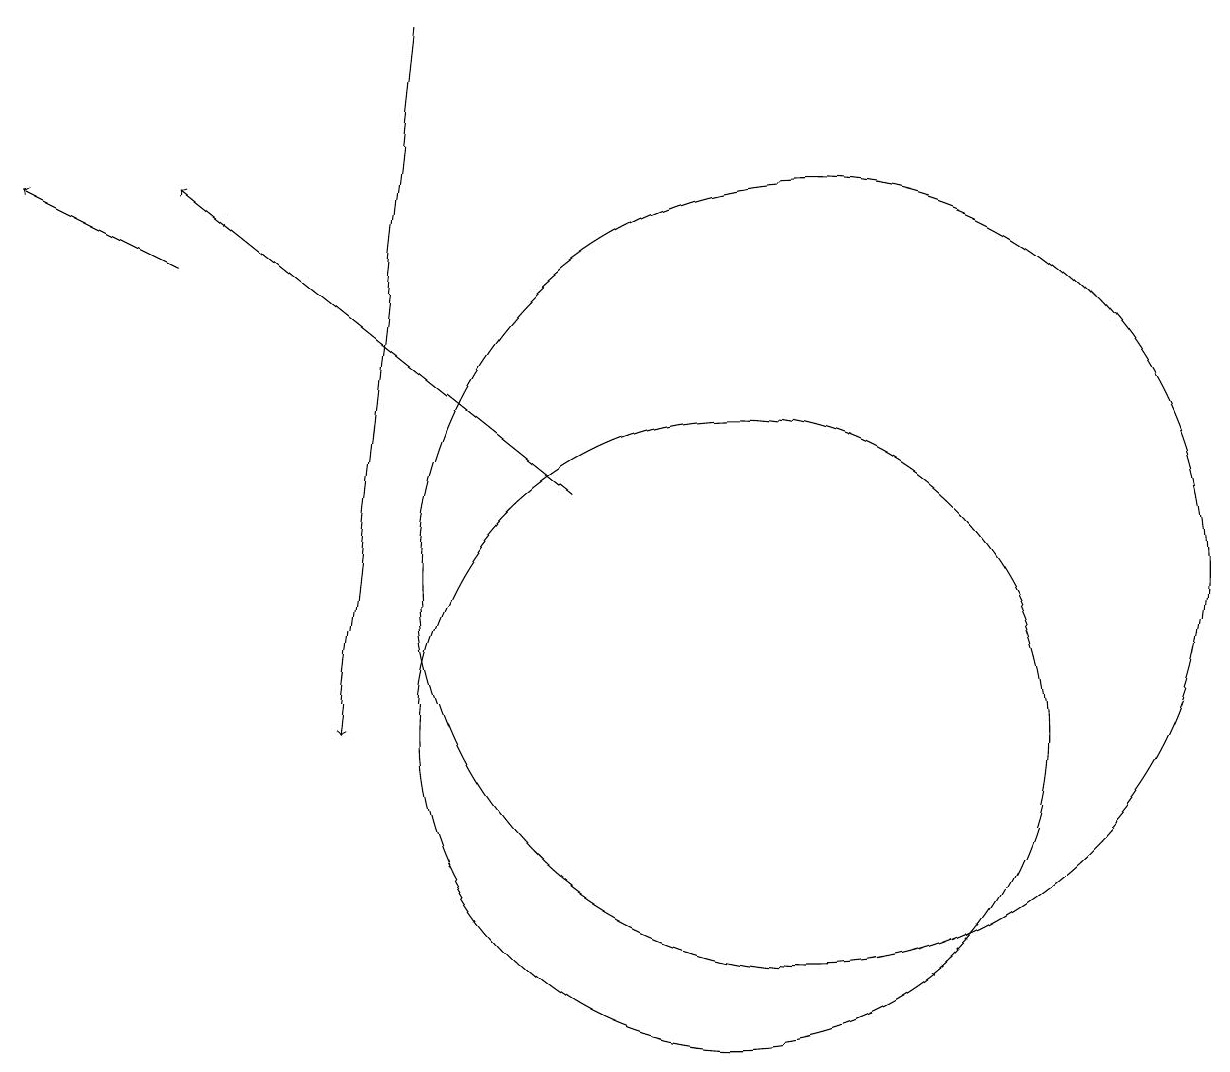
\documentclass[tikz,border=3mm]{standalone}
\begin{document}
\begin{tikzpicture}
\draw (10,10) circle (4);
\draw[->] (6,19) -- (5,10);
\draw (11,12) circle (5);
\draw[->] (3,16) -- (1,17);
\draw[->] (8,13) -- (3,17);
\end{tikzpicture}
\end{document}